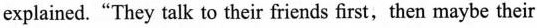
explained."They talk to their friends first, then maybe their